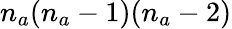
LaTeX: n_{a}(n_{a}-1)(n_{a}-2)